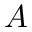
A